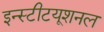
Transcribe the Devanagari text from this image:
इन्स्टीटयूशनल